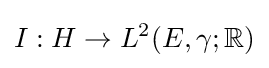
I:H\to L^{2}(E,\gamma ;\mathbb {R} )